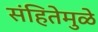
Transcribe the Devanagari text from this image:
संहितेमुळे